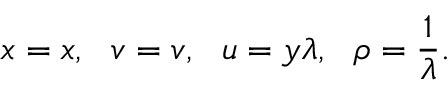
x = x , ~ ~ v = v , ~ ~ u = y \lambda , ~ ~ \rho = \frac { 1 } { \lambda } .